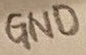
Text: GND